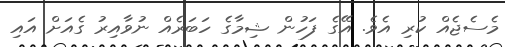
މެސެޖެއް ކުރި އެވެ. އޭގެ ފަހުން ޝިމާގެ ހަބަރެއް ނުވާއިރު ގެއަށް އައި